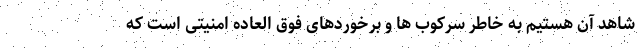
شاهد آن هستیم به خاطر سرکوب ها و برخوردهای فوق العاده امنیتی است که